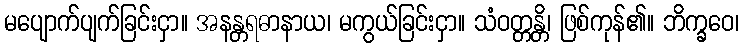
မပျောက်ပျက်ခြင်းငှာ။ အနန္တရဓာနာယ၊ မကွယ်ခြင်းငှာ။ သံဝတ္တန္တိ၊ ဖြစ်ကုန်၏။ ဘိက္ခဝေ၊